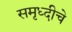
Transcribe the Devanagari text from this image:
समृध्‍दीचे